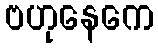
ဗဟုနေကေ